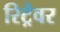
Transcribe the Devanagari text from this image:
रिट्रेवर